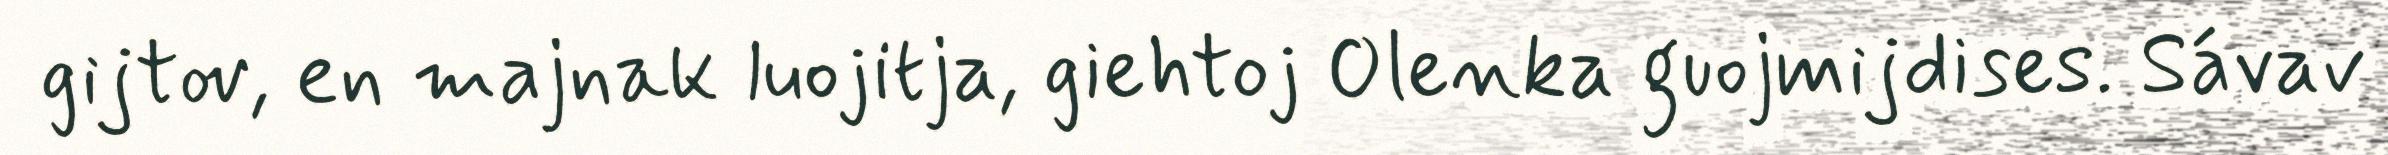
gijtov, en majnak luojitja, giehtoj Olenka guojmijdises. Sávav